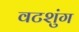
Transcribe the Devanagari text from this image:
वटशुंग